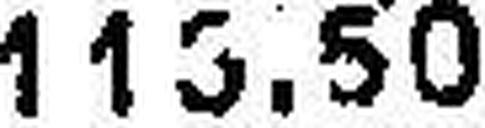
115.50